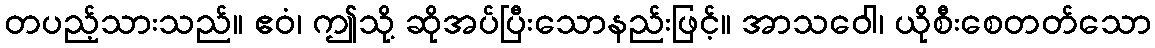
တပည့်သားသည်။ ဧဝံ၊ ဤသို့ ဆိုအပ်ပြီးသောနည်းဖြင့်။ အာသဝေါ၊ ယိုစီးစေတတ်သော